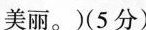
美丽。（5分）